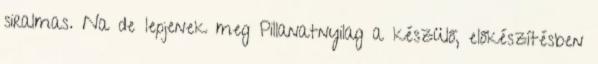
siralmas. Na de lepjenek meg Pillanatnyilag a készülő, előkészítésben